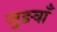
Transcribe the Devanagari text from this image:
जुङवाँ